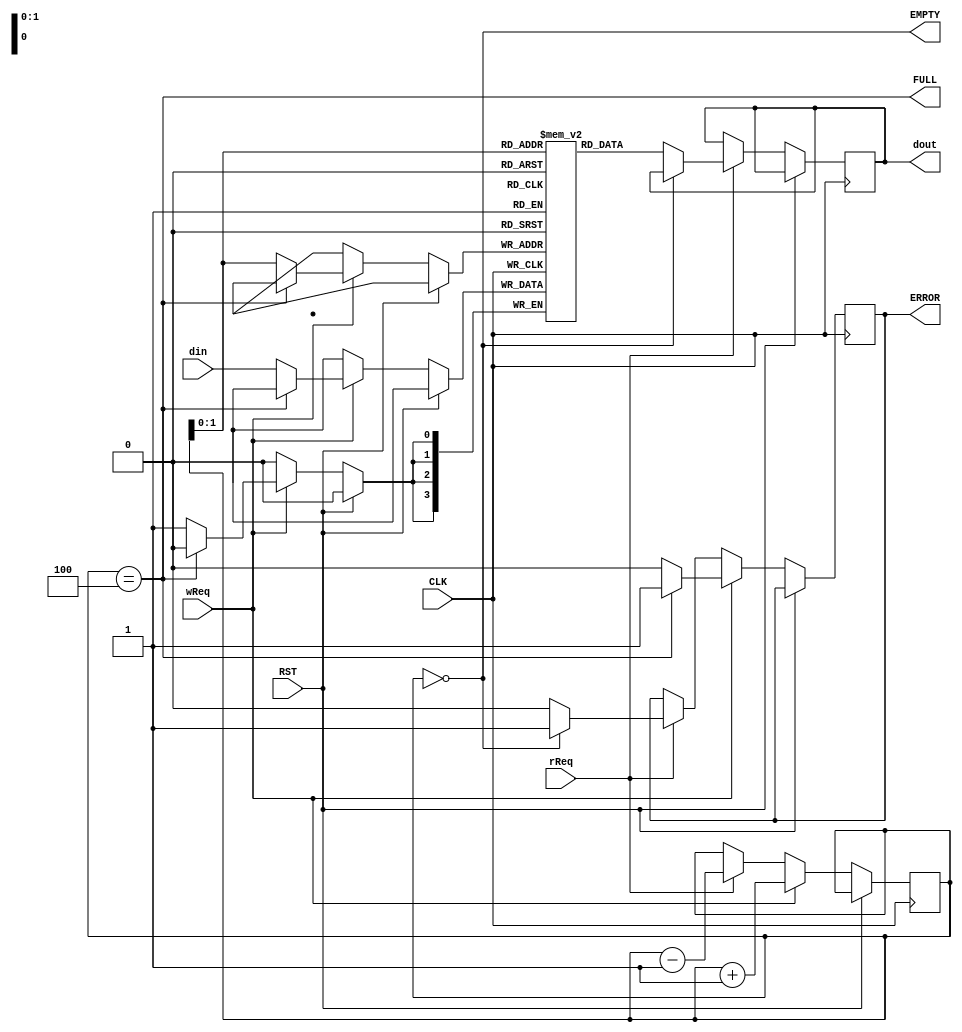
`timescale 1ns / 1ps

module Stack #(parameter WL = 4, DEPTH = 4)
              (input CLK, RST,
               input rReq, wReq,
               input [WL-1:0] din, 
               output reg [WL-1:0] dout,
               output FULL, EMPTY, 
               output reg ERROR);

reg [WL-1:0] Buffer [0:DEPTH-1];    
reg [$clog2(DEPTH+1)-1:0] sp; // Stack Pointer register
initial sp = 4'b0;
integer i;
    
    assign FULL  = (sp == DEPTH);
    assign EMPTY = (sp == 0);
    
    always @ (posedge CLK) begin
        if (!RST) begin
            if (rReq) begin // POP
                if (!EMPTY) begin
                    dout <= Buffer[sp];
                    ERROR <= 1'b0;
                end
                else if (EMPTY) begin
                    ERROR <= 1'b1;
                end
                sp <= sp - 1;
            end
            if (wReq) begin // PUSH
                if (!FULL) begin
                    Buffer[sp] <= din;
                    ERROR <= 1'b0;
                end
                else if (FULL) begin
                    ERROR <= 1'b1;
                end
                sp <= sp + 1;
            end
        end
    end
    
endmodule